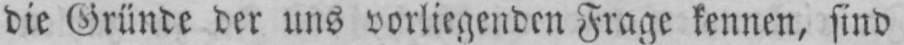
die Gründe der uns vorliegenden Frage kennen, sind